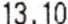
13.10